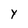
Character: y